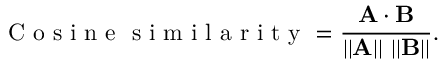
\mathrm { ~ C ~ o ~ s ~ i ~ n ~ e ~ \ s ~ i ~ m ~ i ~ l ~ a ~ r ~ i ~ t ~ y ~ } = \frac { \mathbf { A } \cdot \mathbf { B } } { | | \mathbf { A } | | \ | | \mathbf { B } | | } .